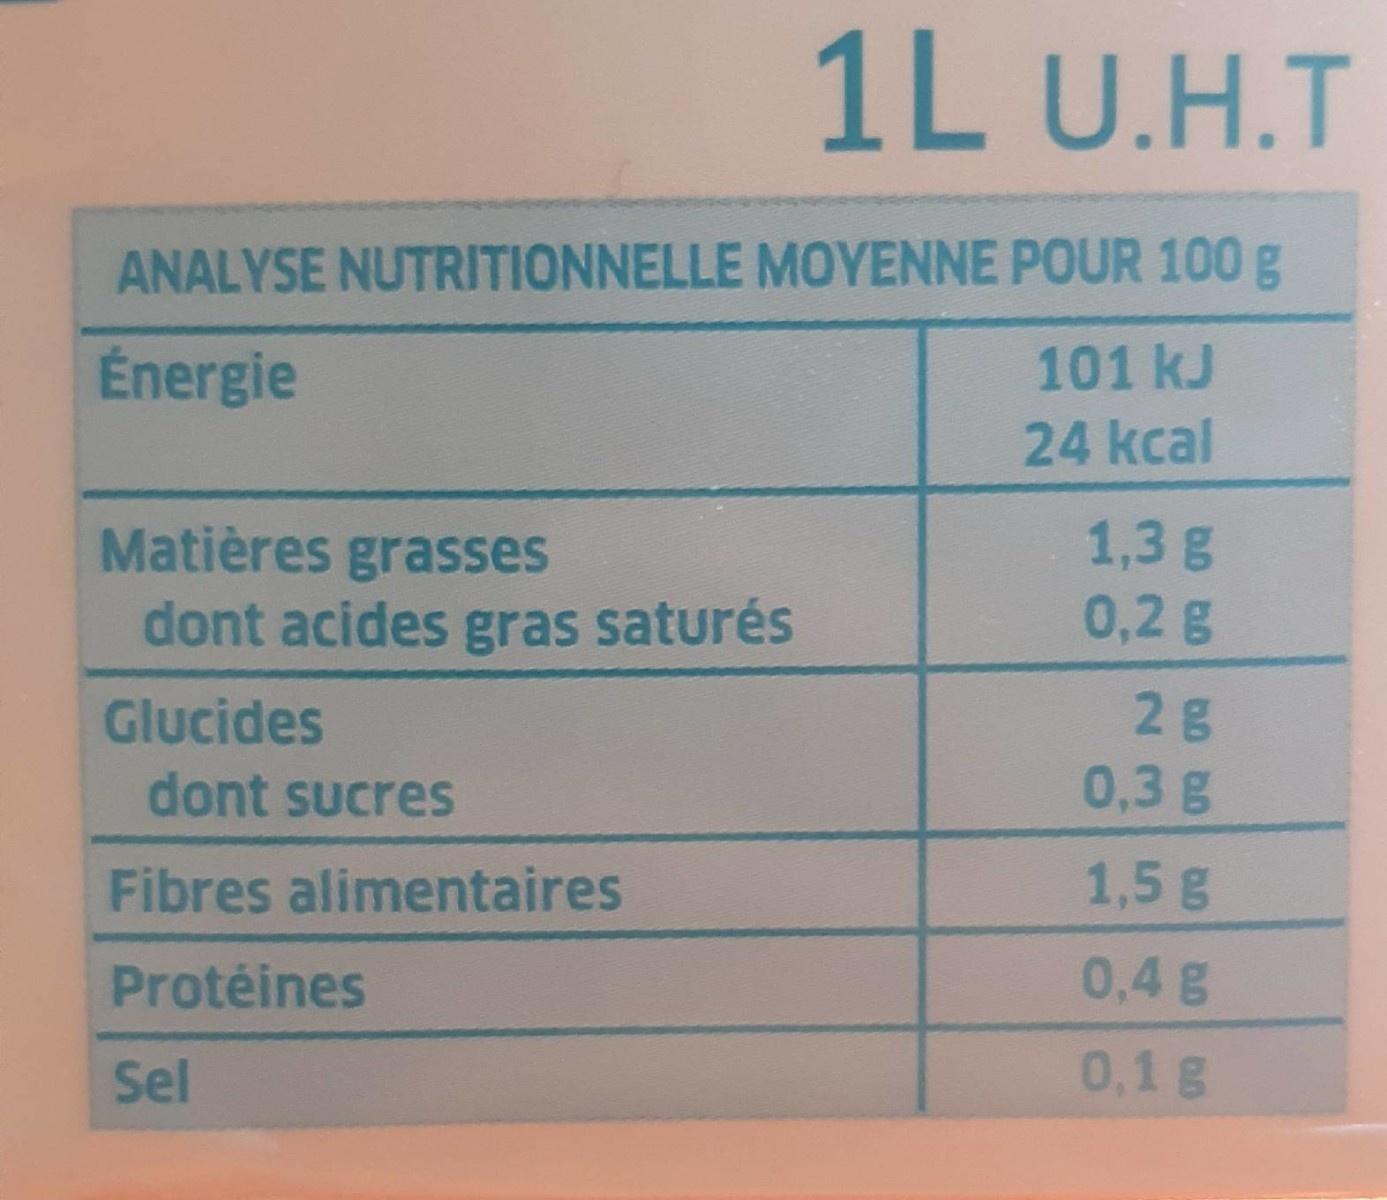
1L U.H.T
ANALYSE NUTRITIONNELLE MOYENNE POUR 100g
101 kJ 24 kcal
Énergie
Matières grasses dont acides gras saturés
1,3 g 0,2 g
2 g 0,3 g
Glucides
dont sucresS
Fibres alimentaires
1,5g
Protéines
0,4 g
Sel
0,1g